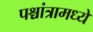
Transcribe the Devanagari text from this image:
पश्चांत्रामध्ये